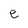
Character: e